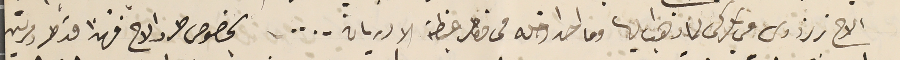
الاخ برنردوس في بكركى لما ذهبا اليها وما احد ادخله فى خاطر غبطته الا دريان.... . بخصوص طرد الاح فهذا قد طرد مرتين